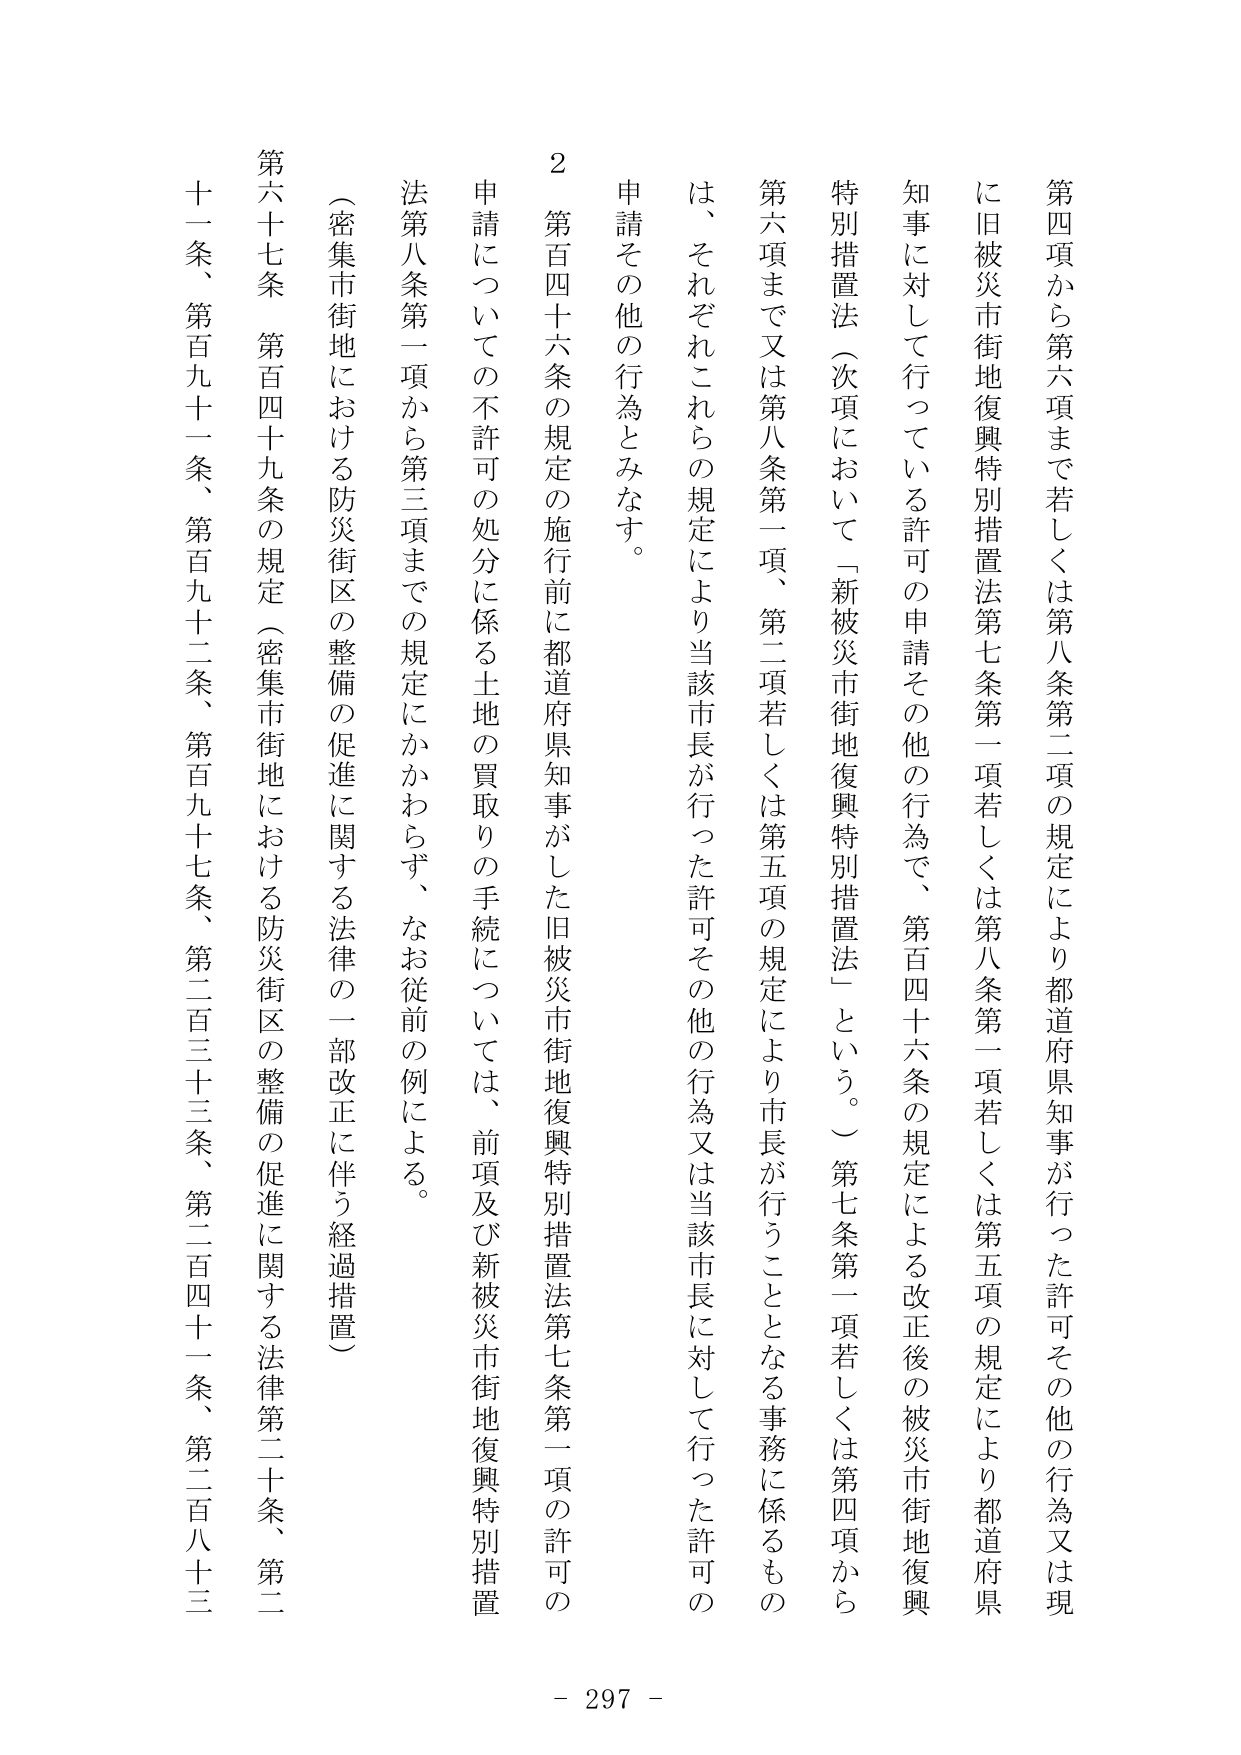
第四項から第六項まで若しくは第八条第二項の規定により都道府県知事が行った許可その他の行為又は現に旧被災市街地復興特別措置法第七条第一項若しくは第八条第一項若しくは第五項の規定により都道府県知事に対して行っている許可の申請その他の行為で、第百四十六条の規定による改正後の被災市街地復興特別措置法（次項において「新被災市街地復興特別措置法」という。）第七条第一項若しくは第四項から第六項まで又は第八条第一項、第二項若しくは第五項の規定により市長が行うこととなる事務に係るもの は、それぞれこれらの規定により当該市長が行った許可その他の行為又は当該市長に対して行った許可の申請その他の行為とみなす。

２ 第百四十六条の規定の施行前に都道府県知事がした旧被災市街地復興特別措置法第七条第一項の許可の申請についての不許可の処分に係る土地の買取りの手続については、前項及び新被災市街地復興特別措置法第八条第一項から第三項までの規定にかかわらず、なお従前の例による。

（密集市街地における防災街区の整備の促進に関する法律の一部改正に伴う経過措置）
第六十七条 第百四十九条の規定（密集市街地における防災街区の整備の促進に関する法律第二十条、第二十一条、第百九十一条、第百九十二条、第百九十七条、第二百三十三条、第二百四十一条、第二百八十三

- 297 -